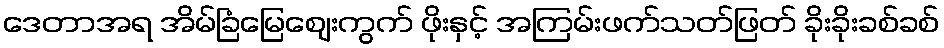
ဒေတာအရ အိမ်ခြံမြေဈေးကွက် ဖိုးနှင့် အကြမ်းဖက်သတ်ဖြတ် ခိုးခိုးခစ်ခစ်